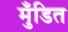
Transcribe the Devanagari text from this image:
मुँडित